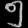
Digit: ၅